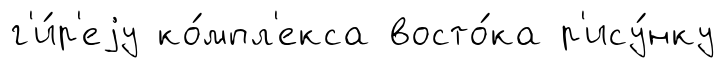
г'и́р'еjу ко́мпл'екса восто́ка р'ису́нку